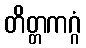
တိတ္တကဂ္ဂံ